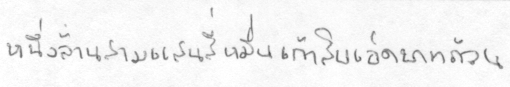
หนึ่งล้านสามแสนสี่หมื่นเก้าสิบเอ็ดบาทถ้วน